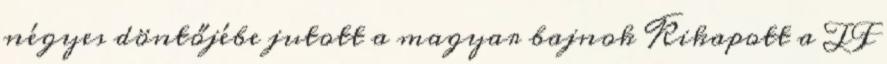
négyes döntőjébe jutott a magyar bajnok Kikapott a TF